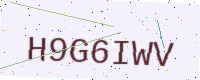
Text: H9G6IWV